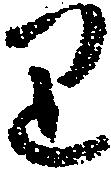
り